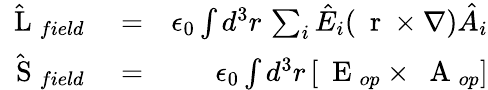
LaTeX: \begin{array}{rlr}{\hat{\mathrm{~\mathbf~L~}}_{field}}&{{}=}&{\epsilon_{0}\int d^{3}r\, \sum_{i}\hat{E}_{i}(\mathrm{~\mathbf~r~}\times\nabla)\hat{A}_{i}}\\ {\hat{\mathrm{~\mathbf~S~}}_{field}}&{{}=}&{\epsilon_{0}\int d^{3}r\, [\mathrm{~\mathbf~E~}_{op}\times\mathrm{~\mathbf~A~}_{op}]}\end{array}